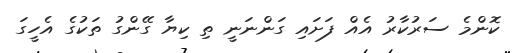
ކޮންމެ ސަރުކާރު އެއް ފަށައި ގަންނަނީ ތި ކިޔާ ގޭންގު ތަކުގެ އެހީގަ